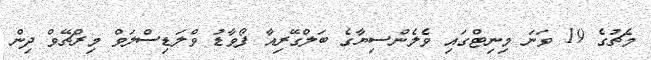
މެޗުގެ 19 ވަނަ މިނިޓްގައި ވެލެންސިޔާގެ ބަލްގޭރިއާ ފޯވާޑު ވްލަޑިސްލަވް މިރްޗޭވް ދިން